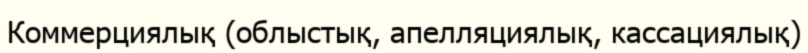
Коммерциялық (облыстық, апелляциялық, кассациялық)